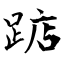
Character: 踮